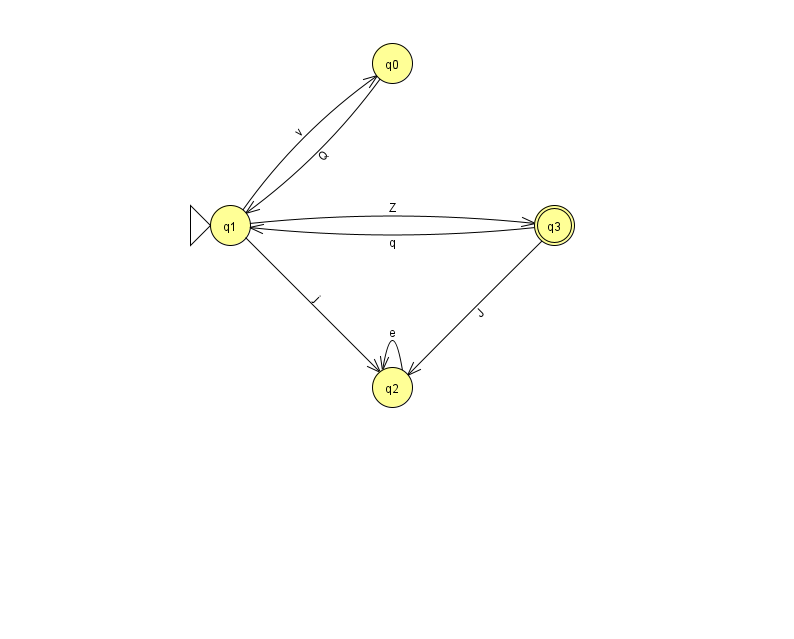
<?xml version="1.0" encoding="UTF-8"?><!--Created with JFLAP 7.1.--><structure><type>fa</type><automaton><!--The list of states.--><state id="0" name="q0"><x>392.0</x><y>50.0</y></state><state id="1" name="q1"><x>230.0</x><y>212.0</y><initial/></state><state id="2" name="q2"><x>392.0</x><y>374.0</y></state><state id="3" name="q3"><x>554.0</x><y>212.0</y><final/></state><!--The list of transitions.--><transition><from>3</from><to>2</to><read>J</read></transition><transition><from>1</from><to>0</to><read>v</read></transition><transition><from>0</from><to>1</to><read>Q</read></transition><transition><from>1</from><to>3</to><read>Z</read></transition><transition><from>2</from><to>2</to><read>e</read></transition><transition><from>1</from><to>2</to><read>j</read></transition><transition><from>3</from><to>1</to><read>q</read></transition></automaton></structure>